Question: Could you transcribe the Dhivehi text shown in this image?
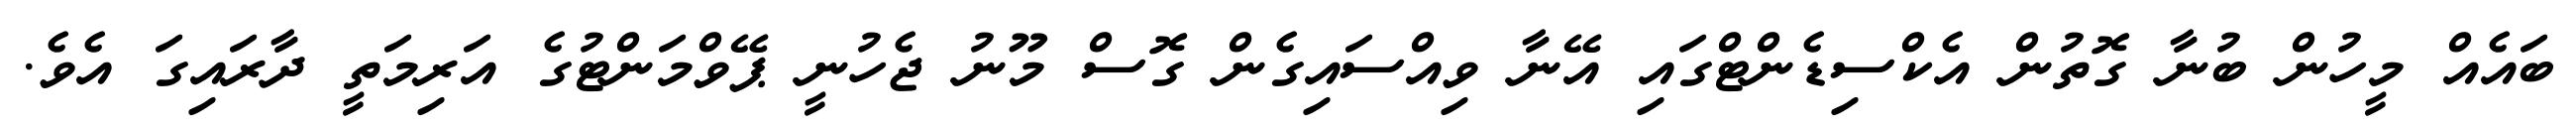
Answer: ބައެއް މީހުން ބުނާ ގޮތުން އެކްސިޑެންޓްގައި އޭނާ ވިއްސައިގެން ގޮސް މޫނު ޖެހުނީ ޕޭވްމަންޓުގެ އަރިމަތީ ދާރައިގަ އެވެ.